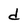
Character: d